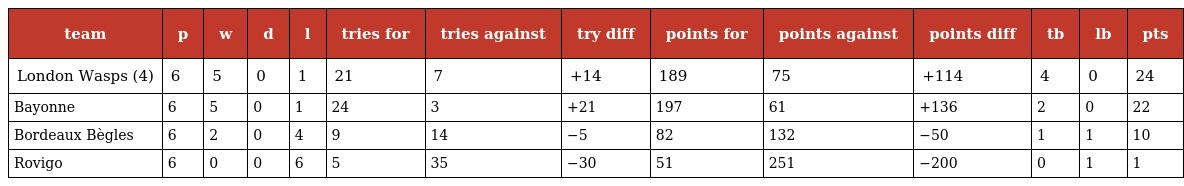
| team | p | w | d | l | tries for | tries against | try diff | points for | points against | points diff | tb | lb | pts |
 | --- | --- | --- | --- | --- | --- | --- | --- | --- | --- | --- | --- | --- | --- |
 | London Wasps (4) | 6 | 5 | 0 | 1 | 21 | 7 | +14 | 189 | 75 | +114 | 4 | 0 | 24 |
 | Bayonne | 6 | 5 | 0 | 1 | 24 | 3 | +21 | 197 | 61 | +136 | 2 | 0 | 22 |
 | Bordeaux Bègles | 6 | 2 | 0 | 4 | 9 | 14 | −5 | 82 | 132 | −50 | 1 | 1 | 10 |
 | Rovigo | 6 | 0 | 0 | 6 | 5 | 35 | −30 | 51 | 251 | −200 | 0 | 1 | 1 |